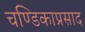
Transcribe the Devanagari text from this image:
चण्डिकाप्रसाद